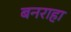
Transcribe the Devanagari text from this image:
बनराहा